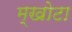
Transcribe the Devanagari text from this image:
म्खोटा